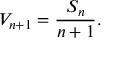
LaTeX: V _ { n + 1 } = { \frac { S _ { n } } { n + 1 } } .